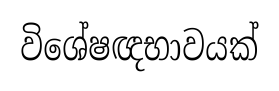
විශේෂඥභාවයක්